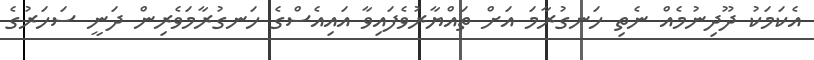
އެކަމަކު ދޫދިނުމެއް ނެތި ހަނގުރާމަ އަށް ތައްޔާރުވެފައިވާ އައިއެސްގެ ހަނގުރާމަވެރިން ދަނީ ސަހަރުގެ